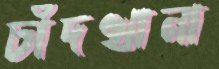
চাঁদখানা